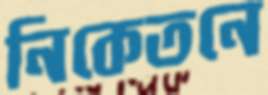
নিকেতনে